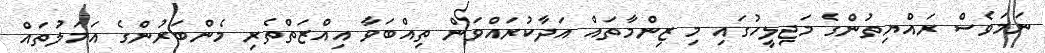
ނަމަވެސް ރައްޔިތުންގެ މަޖިލީހުގައި މި ޒިންމާތައް އަދާކުރައްވަން ތިއްބަވާ އިއްޒަތްތެރި މެންބަރުންގެ އަމަލުތައް